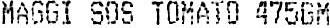
MAGGI SOS TOMATO 475GM